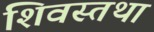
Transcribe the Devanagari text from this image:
शिवस्तथा